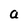
Character: a